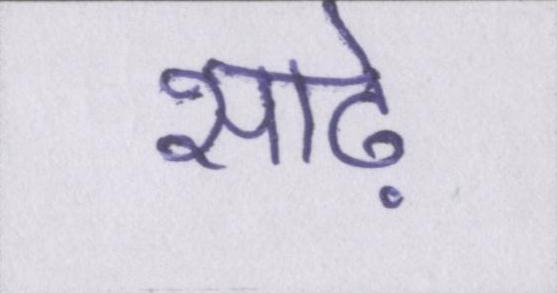
साढ़े